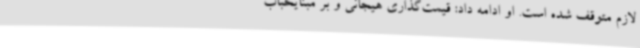
لازم متوقف شده است. او ادامه داد: قیمت‌گذاری هیجانی و بر مبنایحباب